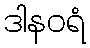
ဒါနဝရံ